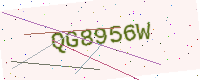
Text: QG8956W